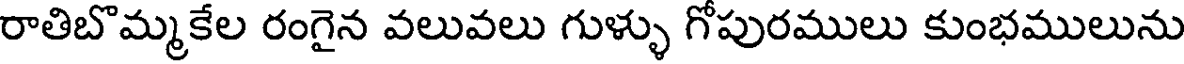
రాతిబొమ్మకేల రంగైన వలువలు గుళ్ళు గోపురములు కుంభములును